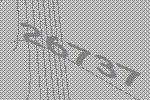
26737